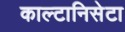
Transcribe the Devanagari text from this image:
काल्टानिसेटा